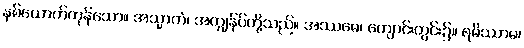
နှစ်ယောက်ကုန်သော။ အသ္မာကံ၊ အကျွန်ုပ်တို့သည်။ အဿမေ၊ ကျောင်းတွင်း၌။ ရမိဿာမ၊